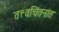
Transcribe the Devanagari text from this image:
तत्त्वचिंतनांत